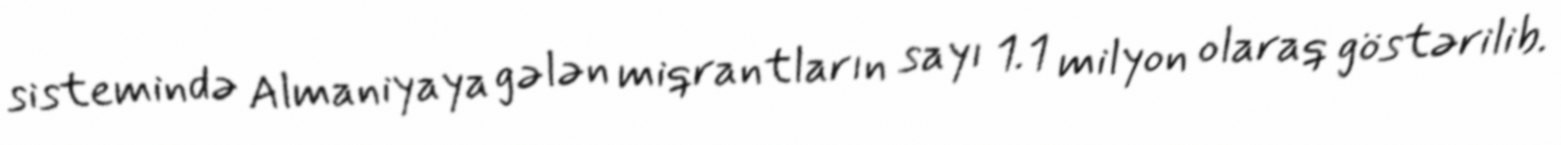
sistemində Almaniyaya gələn miqrantların sayı 1.1 milyon olaraq göstərilib.